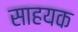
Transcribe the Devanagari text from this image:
साहयक